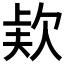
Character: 𣣇